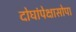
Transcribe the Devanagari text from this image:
दोघांपेक्षासोपा